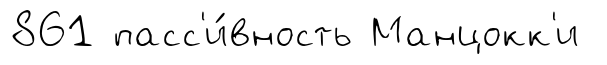
861 пасс'и́вность Манцокк'и